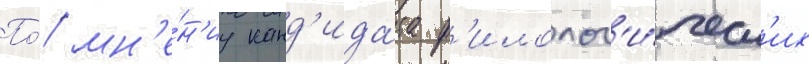
По́ мн'е́н'иу канд'ида́та ф'илолог'и́ческ'их